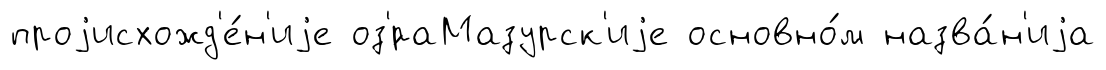
проjисхожд'е́н'иjе оз'́раМазурск'иjе основно́м назва́н'иjа